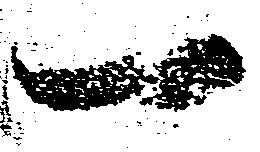
一